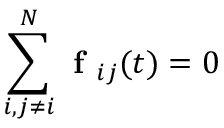
\sum _ { i , j \neq i } ^ { N } \textbf { f } _ { i j } ( t ) = 0